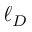
\ell _ { D }